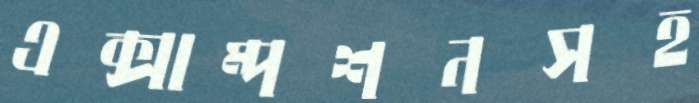
এক্সাম্পশনসহ